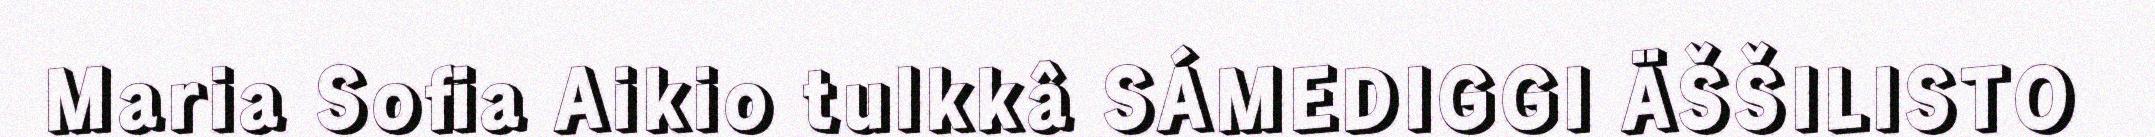
Maria Sofia Aikio tulkkâ SÁMEDIGGI ÄŠŠILISTO